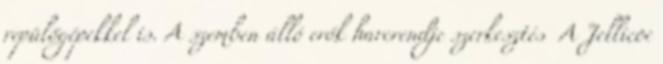
repülőgépekkel is. A szemben álló erők harcrendje szerkesztés A Jellicoe